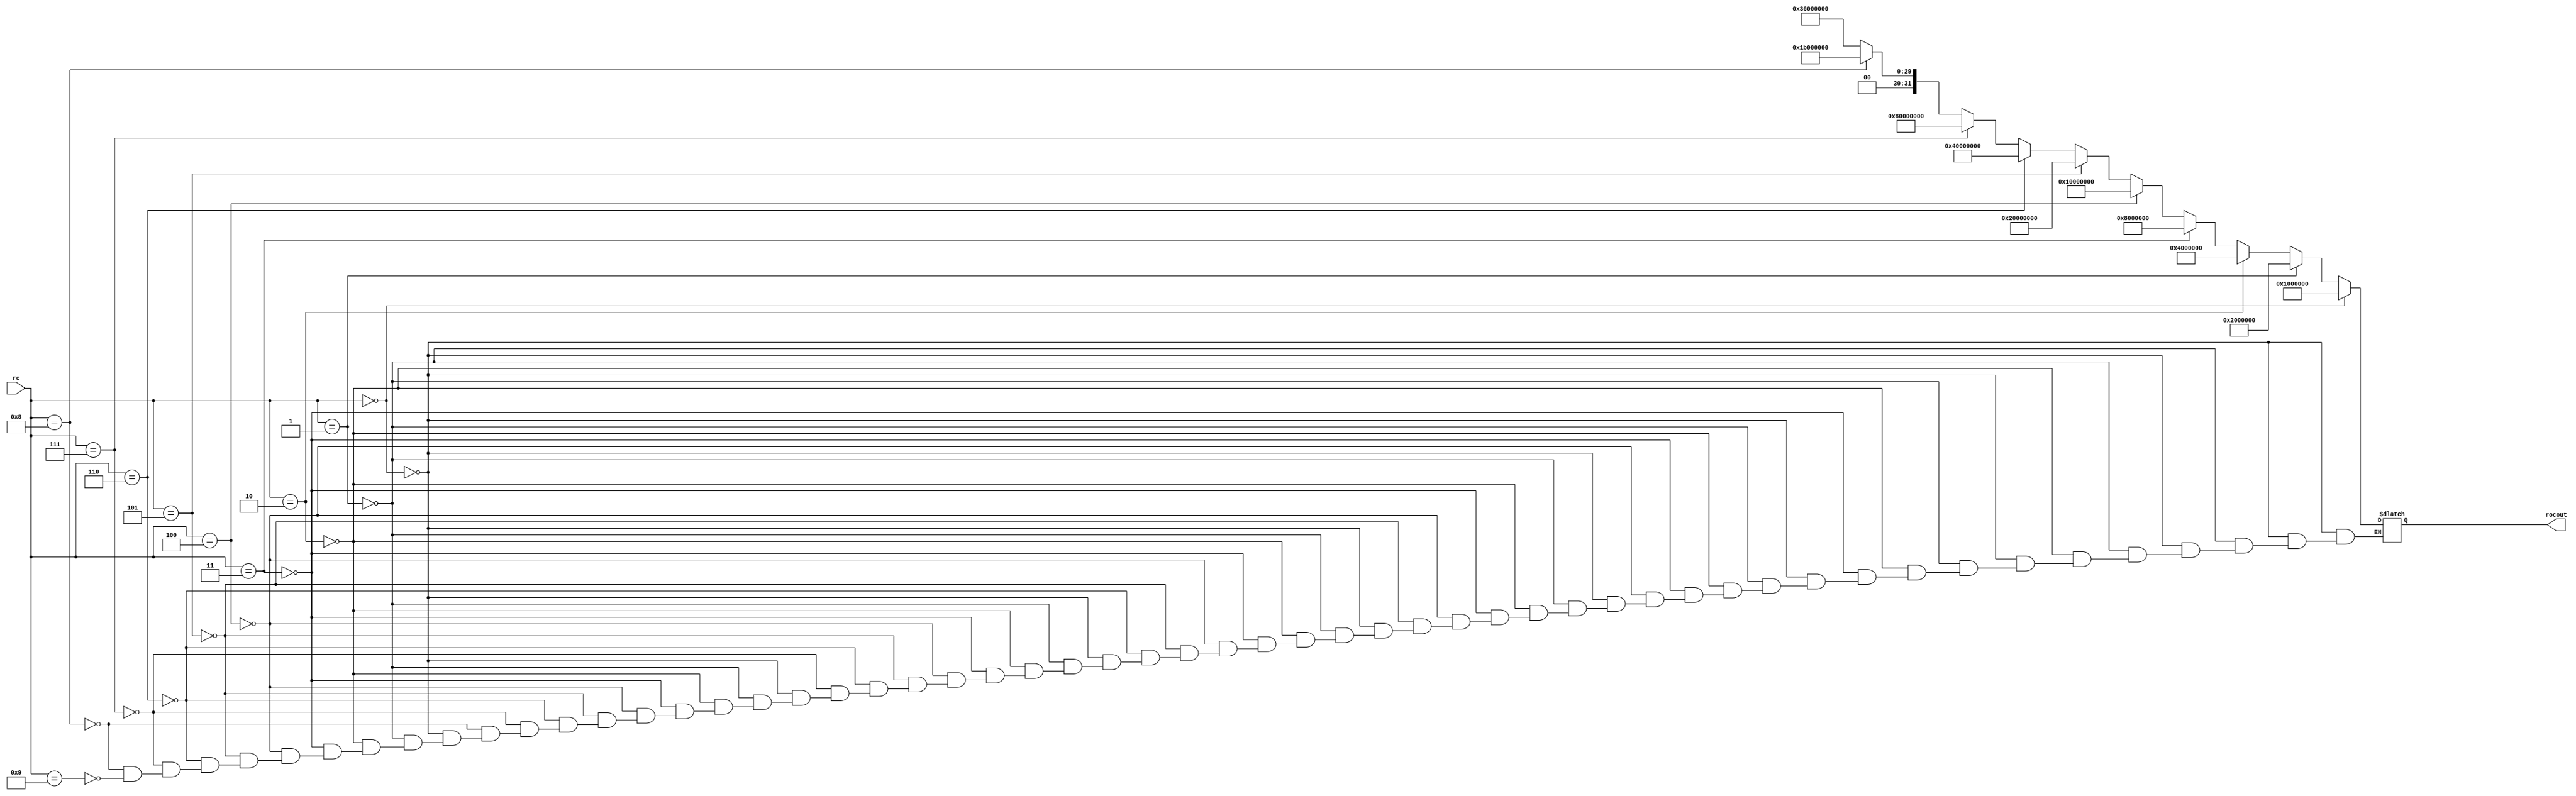
`timescale 1ns / 1ps
//////////////////////////////////////////////////////////////////////////////////
// Company: 
// Engineer: 
// 
// Design Name: 
// Module Name: roundconst
// Project Name: 
// Target Devices: 
// Tool Versions: 
// Description: 
// 
// Dependencies: 
// 
// Revision:
// Revision 0.01 - File Created
// Additional Comments:
// 
//////////////////////////////////////////////////////////////////////////////////


module roundconst(input [3:0] rc,output [31:0] rocout);

reg [31:0] rcout;

always@(rc)
begin
if(rc==0)
rcout=32'h01_00_00_00;
else if(rc==1)
rcout=32'h02_00_00_00;
else if(rc==2)
rcout=32'h04_00_00_00;
else if(rc==3)
rcout=32'h08_00_00_00;
else if(rc==4)
rcout=32'h10_00_00_00;
else if(rc==5)
rcout=32'h20_00_00_00;
else if(rc==6)
rcout=32'h40_00_00_00;
else if(rc==7)
rcout=32'h80_00_00_00;
else if(rc==8)
rcout=32'h1b_00_00_00;
else if(rc==9)
rcout=32'h36_00_00_00;

end

assign rocout=rcout;

endmodule